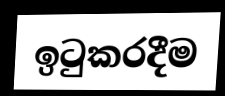
ඉටුකරදීම